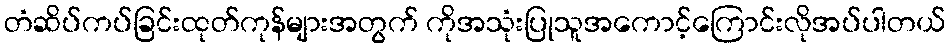
တံဆိပ်ကပ်ခြင်းထုတ်ကုန်များအတွက် ကိုအသုံးပြုသူအကောင့်ကြောင်းလိုအပ်ပါတယ်